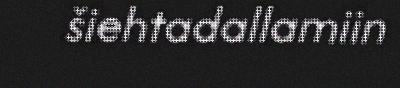
šiehtadallamiin